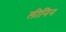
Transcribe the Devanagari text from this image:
लीनिन